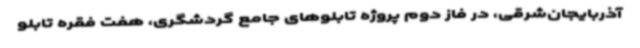
آذربایجان‌شرقی، در فاز دوم پروژه تابلوهای جامع گردشگری، هفت فقره تابلو